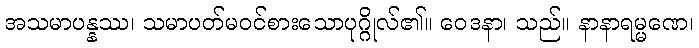
အသမာပန္နဿ၊ သမာပတ်မဝင်စားသောပုဂ္ဂိုလ်၏။ ဝေဒနာ၊ သည်။ နာနာရမ္မဏေ၊